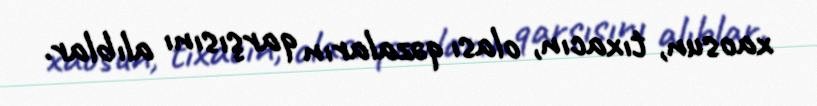
xaosun, tıxacın, olası qəzaların qarşısını alıblar.